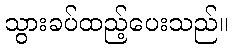
သွားခပ်ထည့်ပေးသည်။